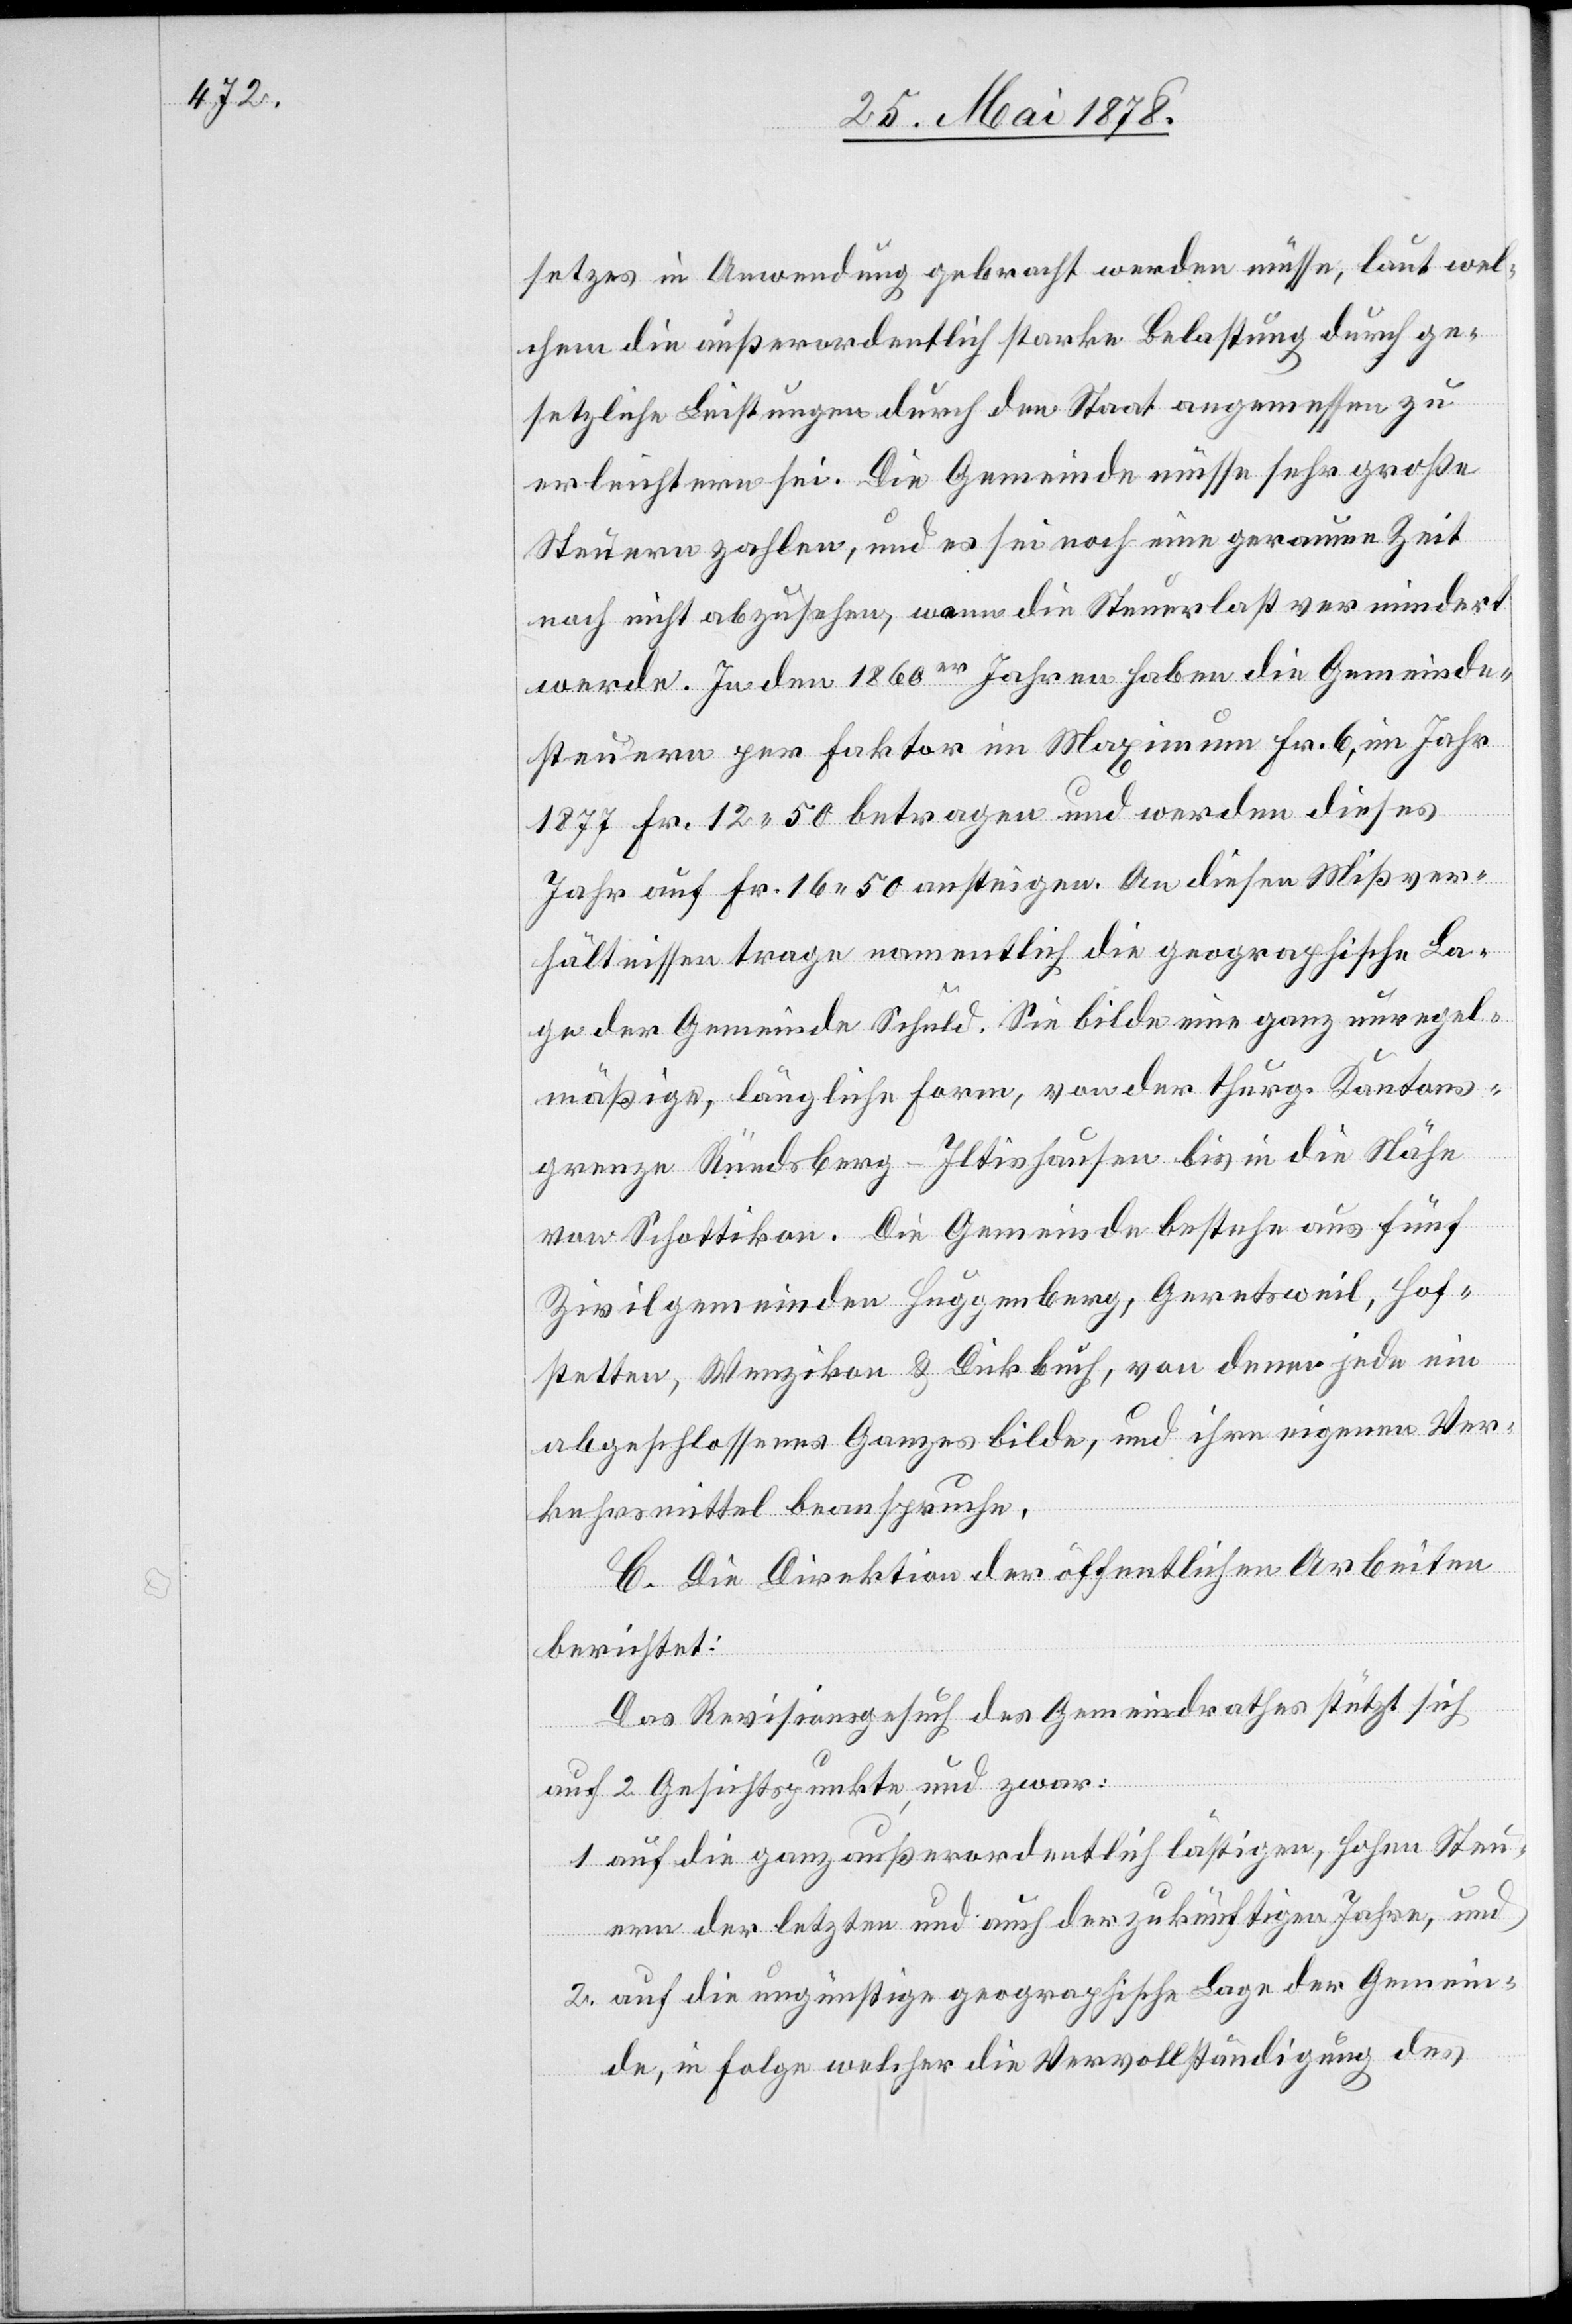
setzes in Anwendung gebracht werden müsse, laut wel¬
chem die außerordentlich starke Belastung durch ge¬
setzliche Leistungen durch den Staat angemessen zu
erleichtern sei. Die Gemeinde müsse sehr große
Steuern zahlen, und es sei noch eine geraume Zeit
noch nicht abzusehen, wann die Steuerlast vermindert
werde. In den 1860er Jahren haben die Gemeinde¬
steuern per Faktor im Maximum Fr. 6, im Jahr
1877 Fr. 12 50 betragen und werden dieses
Jahr auf Fr. 16 50 ansteigen. An diesen Mißver¬
hältnissen trage namentlich die geographische La¬
ge der Gemeinde Schuld. Sie bilde eine ganz unregel¬
mäßige, längliche Form, von der thurg. Kantons¬
grenze Rüedsberg - Iltishausen bis in die Nähe
von Schottikon. Die Gemeinde bestehe aus fünf
Zivilgemeinden Huggenberg, Geretsweil, Hof¬
stetten, Wenzikon & Dickbuch, von denen jede ein
abgeschlossenes Ganzes bilde, und ihre eigenen Ver¬
kehrsmittel beanspruche.
C. Die Direktion der öffentlichen Arbeiten
berichtet:
Das Revisionsgesuch des Gemeindrathes stützt sich
auf 2 Gesichtspunkte, und zwar:
1. auf die ganz außerordentlich lästigen, hohen Steu¬
ern der letzten und auch der zukünftigen Jahre, und
2. auf die ungünstige geographische Lage der Gemein¬
de, in Folge welcher die Vervollständigung des